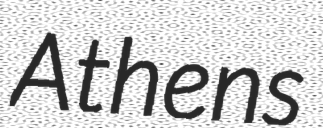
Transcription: Athens